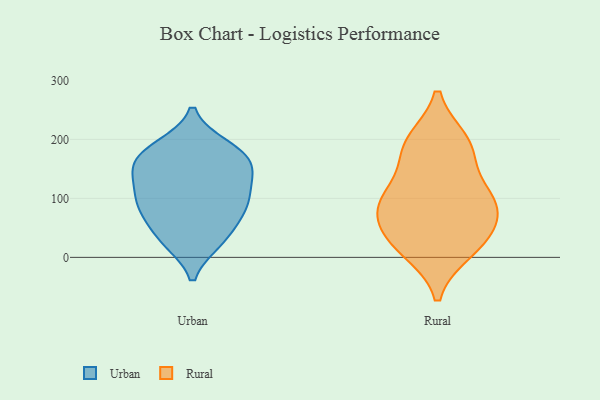
{"axis": {"x": "Latency (ms)", "y": "Value"}, "legend": ["Rural", "Urban"], "data": [{"x": "", "y": 34, "type": "Urban"}, {"x": "", "y": 94, "type": "Urban"}, {"x": "", "y": 75, "type": "Urban"}, {"x": "", "y": 27, "type": "Urban"}, {"x": "", "y": 171, "type": "Urban"}, {"x": "", "y": 77, "type": "Urban"}, {"x": "", "y": 142, "type": "Urban"}, {"x": "", "y": 106, "type": "Urban"}, {"x": "", "y": 78, "type": "Urban"}, {"x": "", "y": 135, "type": "Urban"}, {"x": "", "y": 175, "type": "Urban"}, {"x": "", "y": 157, "type": "Urban"}, {"x": "", "y": 185, "type": "Urban"}, {"x": "", "y": 188, "type": "Urban"}, {"x": "", "y": 27, "type": "Urban"}, {"x": "", "y": 146, "type": "Urban"}, {"x": "", "y": 107, "type": "Urban"}, {"x": "", "y": 29, "type": "Rural"}, {"x": "", "y": 57, "type": "Rural"}, {"x": "", "y": 13, "type": "Rural"}, {"x": "", "y": 195, "type": "Rural"}, {"x": "", "y": 186, "type": "Rural"}, {"x": "", "y": 27, "type": "Rural"}, {"x": "", "y": 94, "type": "Rural"}, {"x": "", "y": 102, "type": "Rural"}, {"x": "", "y": 97, "type": "Rural"}, {"x": "", "y": 94, "type": "Rural"}, {"x": "", "y": 182, "type": "Rural"}]}